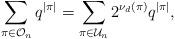
LaTeX: \begin{align*}\sum_{\pi \in \mathcal{O}_{ n}} q^{|\pi|} = \sum_{\pi \in \mathcal{U}_{ n}} 2^{\nu_d(\pi)}q^{|\pi|}, \end{align*}